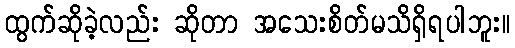
ထွက်ဆိုခဲ့လည်း ဆိုတာ အသေးစိတ်မသိရှိရပါဘူး။